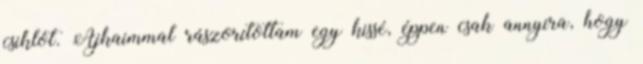
csiklót. Ajkaimmal rászorítottam egy kissé, éppen csak annyira, hogy